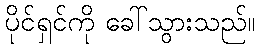
ပိုင်ရှင်ကို ခေါ်သွားသည်။